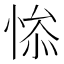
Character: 𰑯